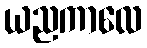
ယညကာလေ